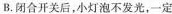
B.闭合开关后，小灯泡不发光，一定